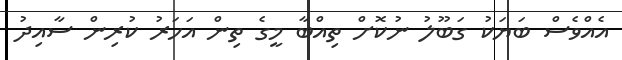
އެއްވެސް ބަޔަކު ގަބޫލު ނުކޮށް ތިއްބާ މީގެ ތިން އަހަރު ކުރިން ސާއިދު